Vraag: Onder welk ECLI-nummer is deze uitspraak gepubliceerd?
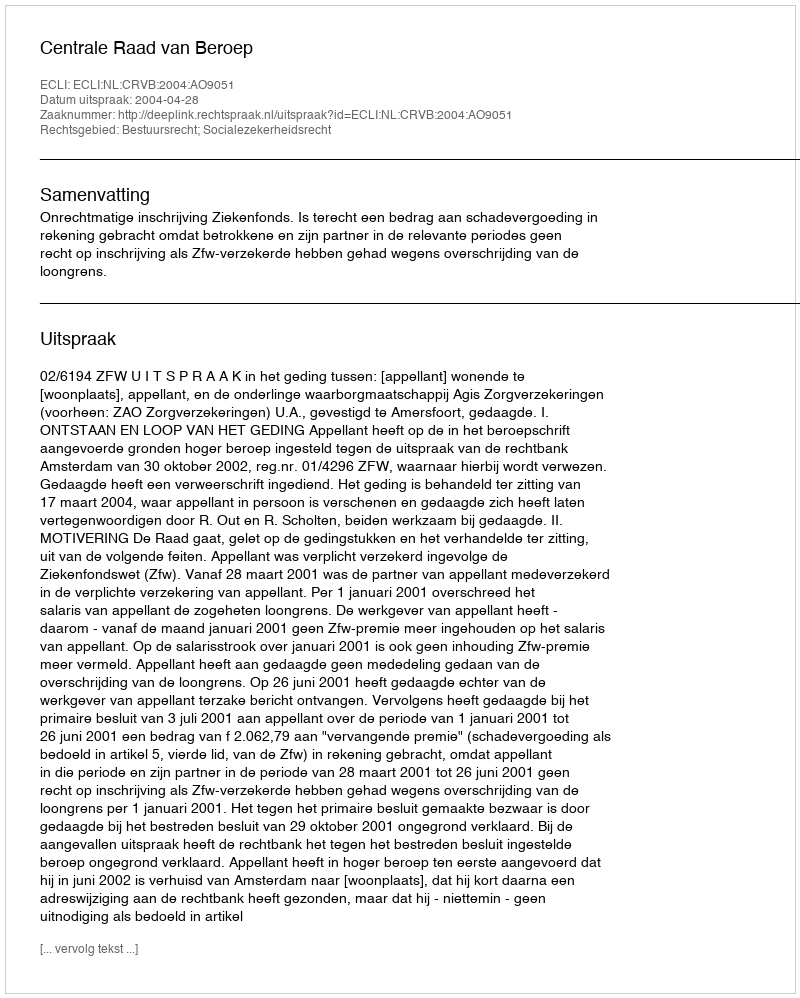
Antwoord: ECLI:NL:CRVB:2004:AO9051